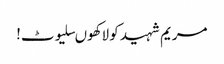
مریم شہید کو لاکھوںسلیوٹ!